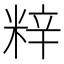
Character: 𮇞